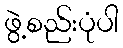
ဖွဲ့စည်းပုံပါ